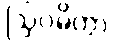
ဩဝမိတွာ